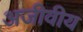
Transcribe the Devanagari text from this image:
अजीवीय